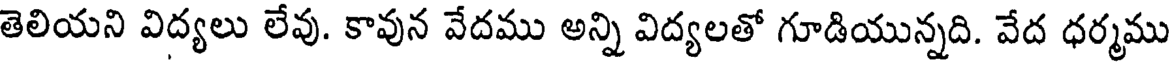
తెలియని విద్యలు లేవు. కావున వేదము అన్ని విద్యలతో గూడియున్నది. వేద ధర్మము